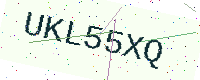
Text: UKL55XQ